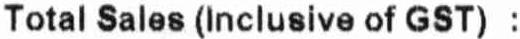
TOTAL SALES (INCLUSIVE OF GST) :